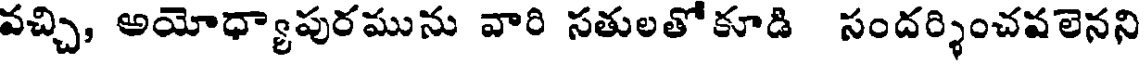
వచ్చి, అయోధ్యాపురమును వారి సతులతోకూడి సందర్శించవలెనని